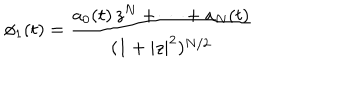
\phi _ { 1 } ( t ) = \frac { a _ { 0 } ( t ) \, z ^ { N } + \cdots + a _ { N } ( t ) } { ( 1 + | z | ^ { 2 } ) ^ { N / 2 } }